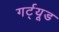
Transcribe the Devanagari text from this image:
गर्ट्‌यूड